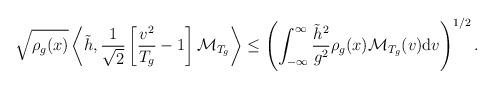
LaTeX: \begin{align*}\sqrt{\rho_g(x)} \left\langle \tilde{h}, \frac{1}{\sqrt{2}}\left[ \frac{v^2}{T_g} -1 \right] \mathcal{M}_{T_g} \right\rangle \leq \left(\int_{-\infty}^{\infty} \frac{\tilde{h}^2}{g^2} \rho_g(x) \mathcal{M}_{T_g}(v) \mathrm{d}v \right)^{1/2}. \end{align*}